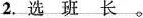
2. 选 班 长 。